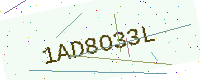
Text: 1AD8O33L